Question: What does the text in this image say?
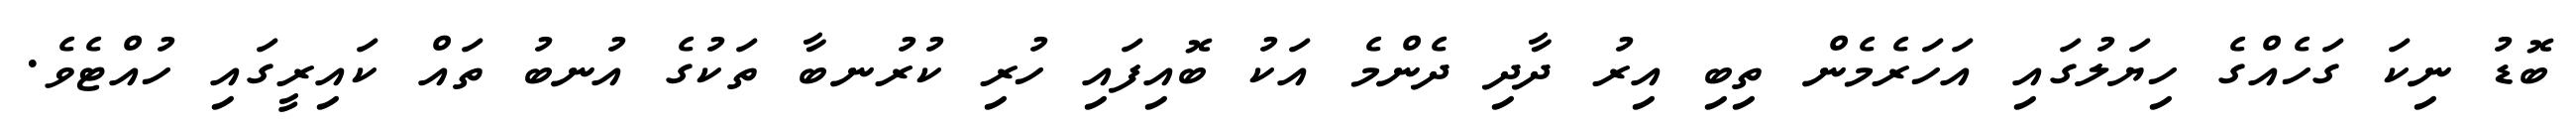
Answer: ބޮޑު ނިކަ ގަހެއްގެ ހިޔަލުގައި އަހަރެމެން ތިބި އިރު ދާދި ދެންމެ އަކު ބޮއިފައި ހުރި ކުރުނބާ ތަކުގެ އުނބު ތައް ކައިރީގައި ހުއްޓެވެ.